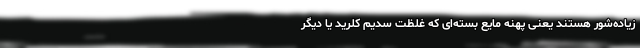
زیاده‌شور هستند یعنی پهنه مایع بسته‌ای که غلظت سدیم کلرید یا دیگر